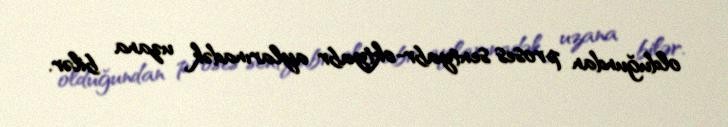
olduğundan proses sentyabr-oktyabr aylarınadək uzana bilər.